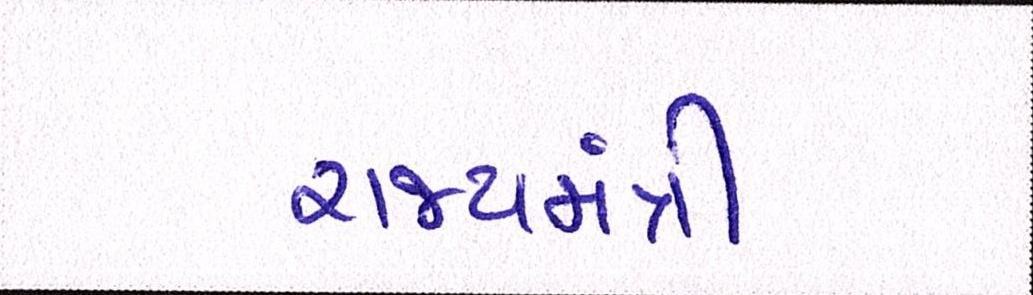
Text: રાજ્યમંત્રી